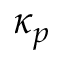
\kappa _ { p }